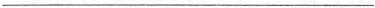
___